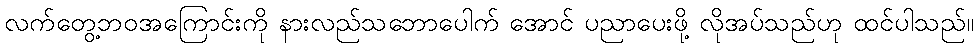
လက်တွေ့ဘဝအကြောင်းကို နားလည်သဘောပေါက် အောင် ပညာပေးဖို့ လိုအပ်သည်ဟု ထင်ပါသည်။